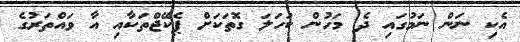
އެކި ނަން ނަމުގައި ދެ މަހުން ކަހަލަ ގޮތަކަށް ޕެކޭޖްތަކާއި އާ ވައްތަރުގެ